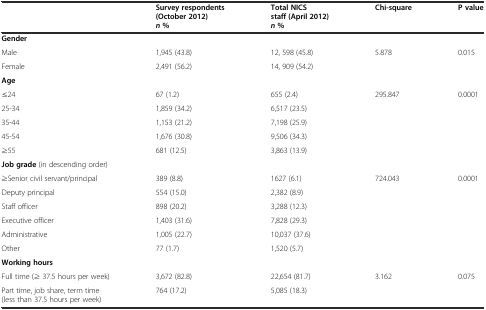
<table><thead><tr><td></td><td><b>Survey respondents(October 2012)<i>n</i>%</b></td><td><b>Total NICS staff (April 2012)<i>n</i>%</b></td><td><b>Chi-square</b></td><td><b>P value</b></td></tr></thead><tbody><tr><td colspan="5"><b>Gender</b></td></tr><tr><td>Male</td><td>1,945 (43.8)</td><td>12, 598 (45.8)</td><td>5.878</td><td>0.015</td></tr><tr><td>Female</td><td>2,491 (56.2)</td><td>14, 909 (54.2)</td><td></td><td></td></tr><tr><td colspan="5"><b>Age</b></td></tr><tr><td>≤24</td><td>67 (1.2)</td><td>655 (2.4)</td><td>295.847</td><td>0.0001</td></tr><tr><td>25-34</td><td>1,859 (34.2)</td><td>6,517 (23.5)</td><td></td><td></td></tr><tr><td>35-44</td><td>1,153 (21.2)</td><td>7,198 (25.9)</td><td></td><td></td></tr><tr><td>45-54</td><td>1,676 (30.8)</td><td>9,506 (34.3)</td><td></td><td></td></tr><tr><td>≥55</td><td>681 (12.5)</td><td>3,863 (13.9)</td><td></td><td></td></tr><tr><td colspan="5"><b>Job grade</b> (in descending order)</td></tr><tr><td>≥Senior civil servant/principal</td><td>389 (8.8)</td><td>1627 (6.1)</td><td>724.043</td><td>0.0001</td></tr><tr><td>Deputy principal</td><td>554 (15.0)</td><td>2,382 (8.9)</td><td></td><td></td></tr><tr><td>Staff officer</td><td>898 (20.2)</td><td>3,288 (12.3)</td><td></td><td></td></tr><tr><td>Executive officer</td><td>1,403 (31.6)</td><td>7,828 (29.3)</td><td></td><td></td></tr><tr><td>Administrative</td><td>1,005 (22.7)</td><td>10,037 (37.6)</td><td></td><td></td></tr><tr><td>Other</td><td>77 (1.7)</td><td>1,520 (5.7)</td><td></td><td></td></tr><tr><td colspan="5"><b>Working hours</b></td></tr><tr><td>Full time (≥ 37.5 hours per week)</td><td>3,672 (82.8)</td><td>22,654 (81.7)</td><td>3.162</td><td>0.075</td></tr><tr><td>Part time, job share, term time (less than 37.5 hours per week)</td><td>764 (17.2)</td><td>5,085 (18.3)</td><td></td><td></td></tr></tbody></table>